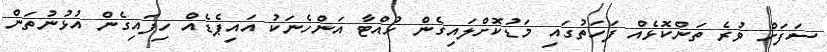
ސަފަށް ވުރެ ތަންކޮޅެއް ފަހަތުގައި މަޑުކޮށްލައިގެން ހުއްޓާ އަންހެނަކު އައިޕެޑެއް ހިފައިގެން އުޅުނުތަން